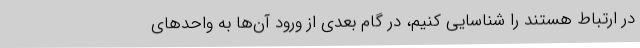
در ارتباط هستند را شناسایی کنیم، در گام بعدی از ورود آن‌ها به واحدهای